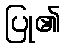
ပြု၏